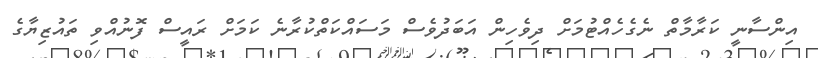
އިންސާނީ ކަރާމާތް ނެގެހެއްޓުމަށް ދިވެހިން އަބަދުވެސް މަސައްކަތްކުރާނެ ކަަމަށް ރައީސް ފޮނުއްވި ތައުޒިޔާގެ